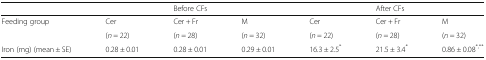
|  |  | Before CFs |  |  | After CFs |  |
 | --- | --- | --- | --- | --- | --- | --- |
 | <ROWSPAN=2> Feeding group | Cer | Cer + Fr | M | Cer | Cer + Fr | M |
 | (n = 22) | (n = 28) | (n = 32) | (n = 22) | (n = 28) | (n = 32) |
 | Iron (mg) (mean ± SE) | 0.28 ± 0.01 | 0.28 ± 0.01 | 0.29 ± 0.01 | 16.3 ± 2.5* | 21.5 ± 3.4* | 0.86 ± 0.08*,** |